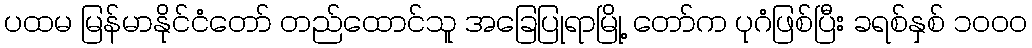
ပထမ မြန်မာနိုင်ငံတော် တည်ထောင်သူ အခြေပြုရာမြို့ တော်က ပုဂံဖြစ်ပြီး ခရစ်နှစ် ၁၀ဝ၀